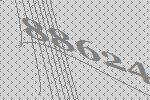
88624